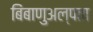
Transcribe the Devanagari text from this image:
बिंबाणुअल्पता